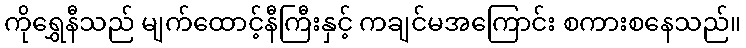
ကိုရွှေနီသည် မျက်ထောင့်နီကြီးနှင့် ကချင်မအကြောင်း စကားစနေသည်။